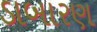
ડાબારણ